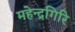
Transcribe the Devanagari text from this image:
महेन्द्रगिरि